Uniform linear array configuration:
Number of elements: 12
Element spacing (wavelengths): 1
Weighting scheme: uniform
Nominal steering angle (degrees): -30
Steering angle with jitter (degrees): -29.144
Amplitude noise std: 0.05
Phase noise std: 0.05

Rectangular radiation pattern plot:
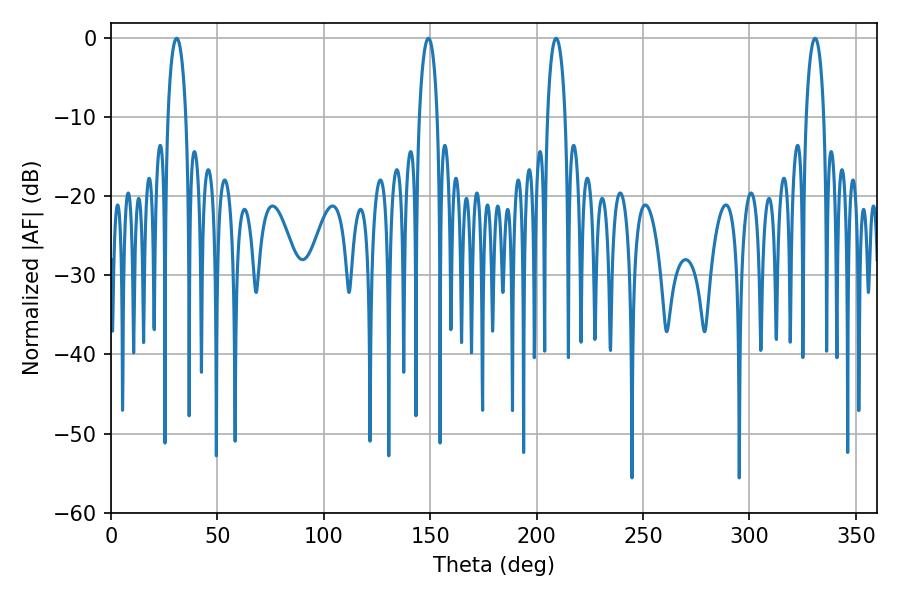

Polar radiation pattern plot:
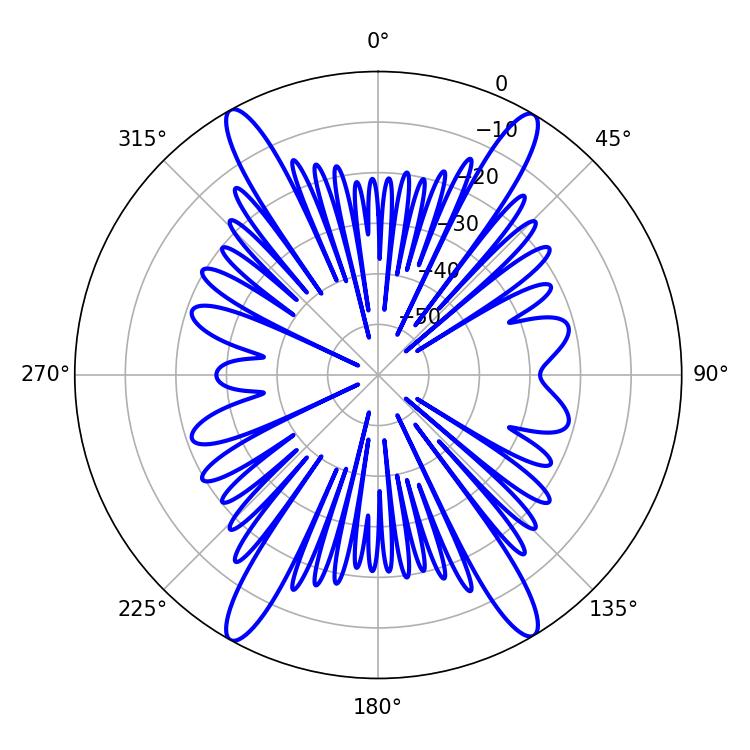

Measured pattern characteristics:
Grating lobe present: TRUE
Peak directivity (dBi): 24.147
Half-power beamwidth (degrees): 4.68
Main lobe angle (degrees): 209.16